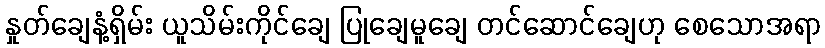
နှုတ်ချေနံ့ရှိမ်း ယူသိမ်းကိုင်ချေ ပြုချေမူချေ တင်ဆောင်ချေဟု စေသောအရာ